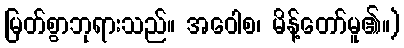
မြတ်စွာဘုရားသည်။ အဝေါစ၊ မိန့်တော်မူ၏။)